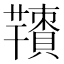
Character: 𦏙